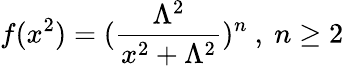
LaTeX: f(x^{2})=(\frac{\Lambda^{2}}{x^{2}+\Lambda^{2}})^{n}\ ,\ n\geq 2